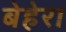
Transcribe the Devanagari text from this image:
बेहेरा